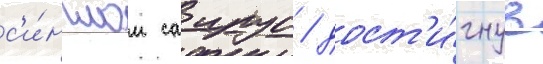
с'и́нглом саирус / дост'и́гнув